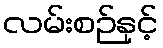
လမ်းစဉ်နှင့်